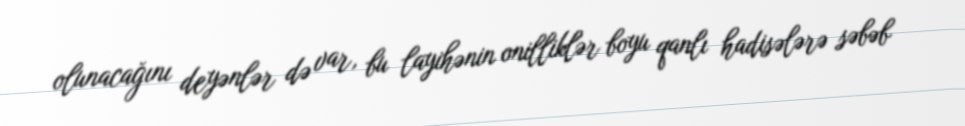
olunacağını deyənlər də var, bu layihənin onilliklər boyu qanlı hadisələrə səbəb